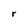
Character: r